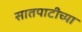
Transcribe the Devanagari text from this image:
सातपाटीच्या